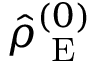
\hat { \rho } _ { \mathrm { ~ E ~ } } ^ { ( 0 ) }